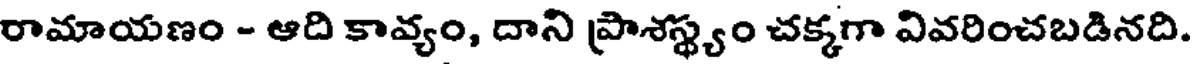
రామాయణం - ఆది కావ్యం, దాని ప్రాశస్థ్యం చక్కగా వివరించబడినది.